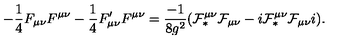
- \frac { 1 } { 4 } F _ { \mu \nu } F ^ { \mu \nu } - \frac { 1 } { 4 } F _ { \mu \nu } ^ { \prime } F ^ { \mu \nu } = \frac { - 1 } { 8 g ^ { 2 } } ( { \cal F } _ { \ast } ^ { \mu \nu } { \cal F } _ { \mu \nu } - i { \cal F } _ { \ast } ^ { \mu \nu } { \cal F } _ { \mu \nu } i ) .